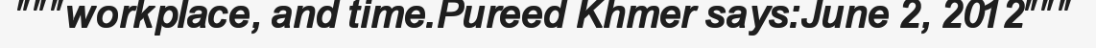
"""workplace, and time.Pureed Khmer says:June 2, 2012"""